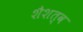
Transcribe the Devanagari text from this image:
शैशत्व